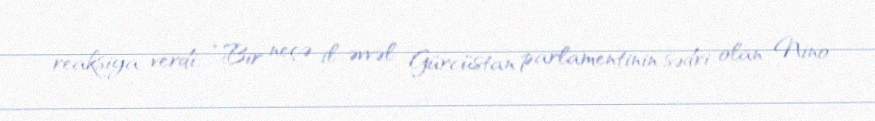
reaksiya verdi: “Bir neçə il əvvəl Gürcüstan parlamentinin sədri olan Nino